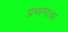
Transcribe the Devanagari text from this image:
प्रभागाचा